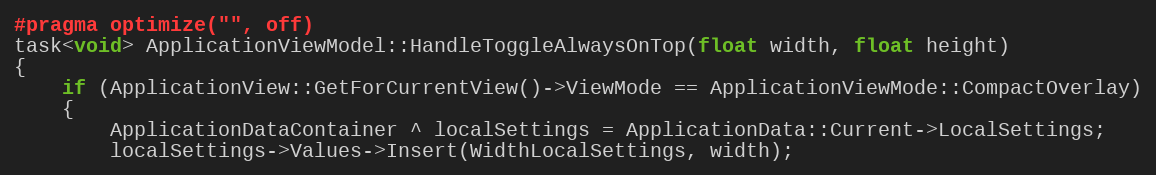
Language: C++
#pragma optimize("", off)
task<void> ApplicationViewModel::HandleToggleAlwaysOnTop(float width, float height)
{
    if (ApplicationView::GetForCurrentView()->ViewMode == ApplicationViewMode::CompactOverlay)
    {
        ApplicationDataContainer ^ localSettings = ApplicationData::Current->LocalSettings;
        localSettings->Values->Insert(WidthLocalSettings, width);